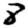
Digit: 8